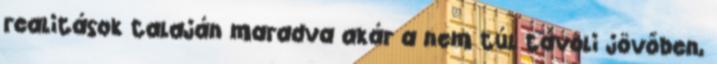
realitások talaján maradva akár a nem túl távoli jövőben,